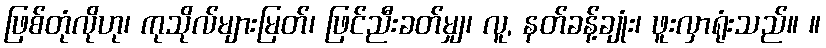
ဖြစ်တုံလိုဟု၊ ကုသိုလ်များမြတ်၊ ဖြင်ညီးခတ်မျှ၊ လူ, နတ်ခန့်ချုံး၊ ဖူးလှာရုံးသည်။ ။